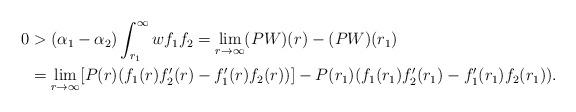
LaTeX: \begin{align*} 0&> (\alpha_1 - \alpha_2 ) \int_{r_1}^{\infty} w f_1 f_2 = \underset{r\to \infty}{\lim}(PW)(r) - (PW)(r_1)\\& = \underset{r\to \infty}{\lim}[P(r) (f_1(r) f_2'(r) - f_1'(r) f_2(r) )] - P(r_1) (f_1(r_1) f_2'(r_1) - f_1'(r_1) f_2(r_1) ).\end{align*}